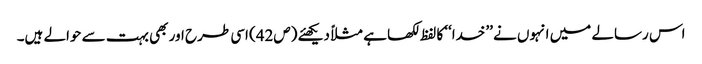
اس رسالے میں انہوں نے ’’خدا‘‘ کا لفظ لکھا ہے مثلاً دیکھئے (ص42) اسی طرح اور بھی بہت سے حوالے ہیں۔